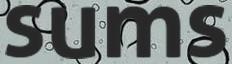
sums